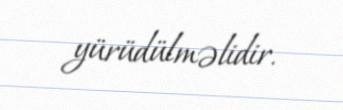
yürüdülməlidir.